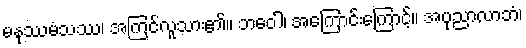
မနုဿမံသဿ၊ အကြင်လူသား၏။ ဘဝေါ၊ အကြောင်းကြောင့်။ အပုညာလာဘံ၊